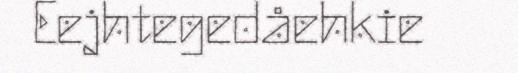
Eejhtegedåehkie